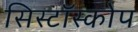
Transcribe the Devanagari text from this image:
सिस्टॉस्कोप